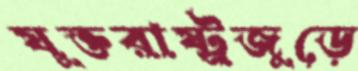
যুক্তরাষ্ট্রজুড়ে